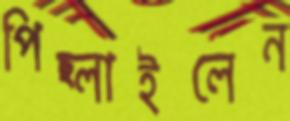
পিছ্‌লাইলেন